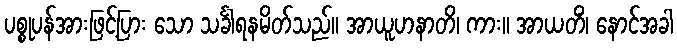
ပစ္စုပန်အားဖြင့်ပြား သော သင်္ခါရနမိတ်သည်။ အာယူဟနာတိ၊ ကား။ အာယတိံ၊ နောင်အခါ